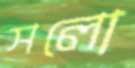
সলো